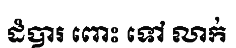
ដំបារ ពោះ ទៅ លាក់